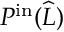
P ^ { \mathrm { i n } } ( \widehat { L } )